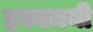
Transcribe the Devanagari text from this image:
हस्यमयी